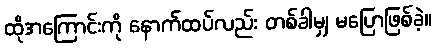
ထိုအကြောင်းကို နောက်ထပ်လည်း တစ်ခါမျှ မပြောဖြစ်ခဲ့။